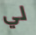
لي